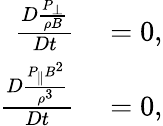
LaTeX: \begin{array}{rl}{\frac{D\frac{P_{\perp}}{\rho B}}{Dt}}&{{}=0,}\\ {\frac{D\frac{P_{\| }B^{2}}{\rho^{3}}}{Dt}}&{{}=0,}\end{array}